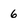
Character: 6